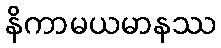
နိကာမယမာနဿ